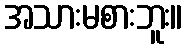
အသားမစားဘူး။